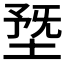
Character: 𡍳